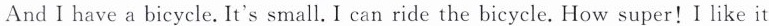
And I have a bicycle. It's small. I can ride the bicycle. How super!I like it